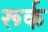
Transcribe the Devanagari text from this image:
रूर्क